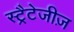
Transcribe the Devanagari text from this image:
स्ट्रैटेजीज़